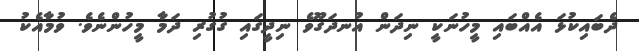
ދެބައިކުޅަ އެއްބައި މީހުނަކީ ނިދަން އުނދަގޫވެ ނިދީގައި ގުގުރި ދަމާ މީހުންނެވެ. ވުމާއެކު